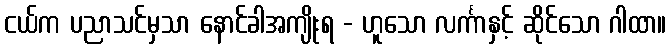
ငယ်က ပညာသင်မှသာ နောင်ခါအကျိုးရ - ဟူသော လင်္ကာနှင့် ဆိုင်သော ဂါထာ။